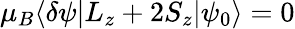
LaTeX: \mu_{B}\langle\delta\psi|L_{z}+2S_{z}|\psi_{0}\rangle=0